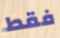
فقط